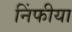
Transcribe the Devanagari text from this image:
निंफीया